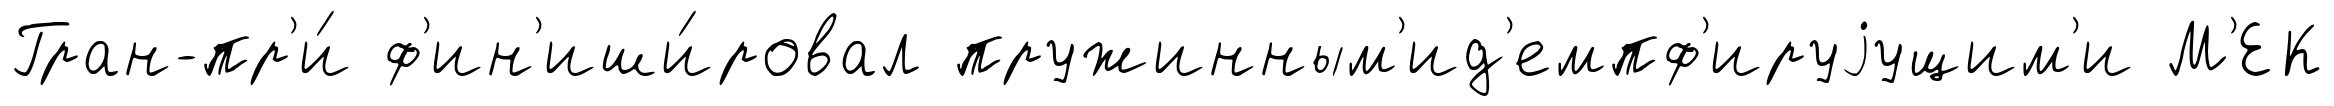
Гран-пр'и́ ф'ин'иши́ровал пружинным'ид'емпф'ируjущим'и М'ЕК